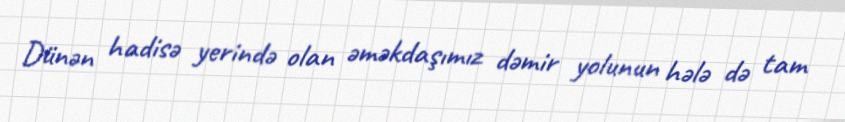
Dünən hadisə yerində olan əməkdaşımız dəmir yolunun hələ də tam